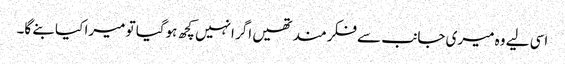
اسی لیے وہ میری جانب سے فکرمند تھیں اگر انہیں کچھ ہوگیا تو میرا کیا بنے گا۔